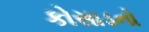
કોસાડનો